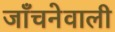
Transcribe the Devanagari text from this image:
जाँचनेवाली